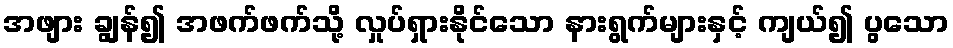
အဖျား ချွန်၍ အဖက်ဖက်သို့ လှုပ်ရှားနိုင်သော နားရွက်များနှင့် ကျယ်၍ ပွသော